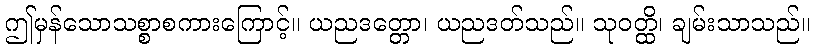
ဤမှန်သောသစ္စာစကားကြောင့်။ ယညဒတ္တော၊ ယညဒတ်သည်။ သုဝတ္ထိ၊ ချမ်းသာသည်။